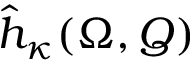
\hat { h } _ { \kappa } ( \Omega , Q )